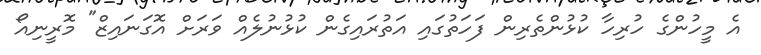
އެ މީހުންގެ ހުރިހާ ކުޅުންތެެރިން ފަހަތުގައި އަތުރައިގެން ކުޅުނުލެއް ވަރަށް އޮގަނައިޒް" މޮރީނިއޯ